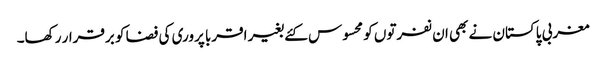
مغربی پاکستان نے بھی ان نفرتوں کو محسوس کئے بغیر اقربا پروری کی فضا کو برقرار رکھا۔